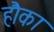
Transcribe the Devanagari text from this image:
हौका